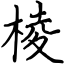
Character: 棱